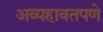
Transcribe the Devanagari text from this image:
अव्यहावतपणे